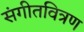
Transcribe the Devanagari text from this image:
संगीतवित्रण